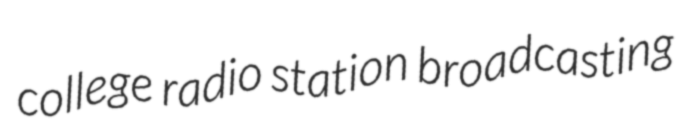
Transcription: college radio station broadcasting